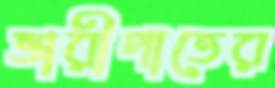
ভারীপাতের